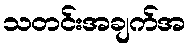
သတင်းအချက်အ